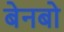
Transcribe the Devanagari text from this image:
बेनबो